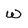
Character: w